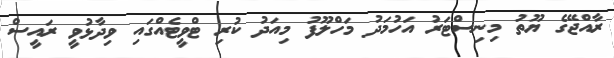
ރާއްޖޭގެ ޔޫތު މިނިސްޓަރު އަހުމަދު މަހްލޫފު މިއަދު ކުރި ޓްވީޓެއްގައި ވިދާޅުވީ ރައީސް